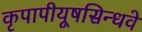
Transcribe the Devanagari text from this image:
कृपापीयूषसिन्धवे